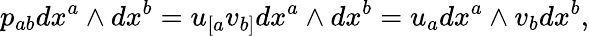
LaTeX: p_{ab}dx^{a}\wedge dx^{b}=u_{[a}v_{b]}dx^{a}\wedge dx^{b}=u_{a}dx^{a}\wedge v_{b}dx^{b},